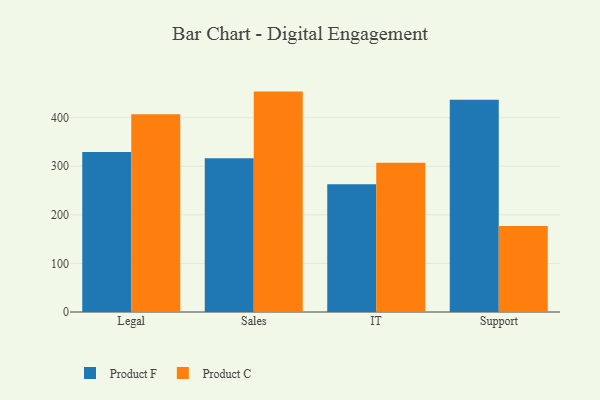
{"axis": {"x": "Department", "y": "Headcount"}, "legend": ["Product C", "Product F"], "data": [{"x": "Legal", "y": 329.3, "type": "Product F"}, {"x": "Legal", "y": 407.3, "type": "Product C"}, {"x": "Sales", "y": 316.4, "type": "Product F"}, {"x": "Sales", "y": 453.7, "type": "Product C"}, {"x": "IT", "y": 263.1, "type": "Product F"}, {"x": "IT", "y": 307.3, "type": "Product C"}, {"x": "Support", "y": 436.8, "type": "Product F"}, {"x": "Support", "y": 177.1, "type": "Product C"}]}